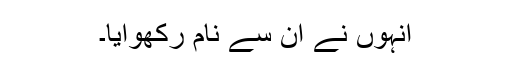
انہوں نے ان سے نام رکھوایا۔